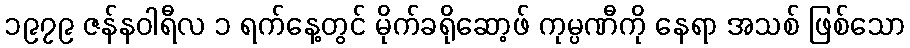
၁၉၇၉ ဇန်နဝါရီလ ၁ ရက်နေ့တွင် မိုက်ခရိုဆော့ဖ် ကုမ္ပဏီကို နေရာ အသစ် ဖြစ်သော